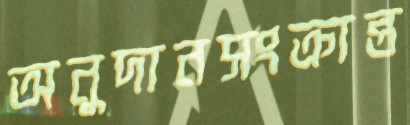
অনুদানসংক্রান্ত